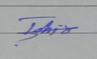
Signature authenticity: genuine